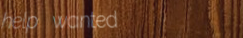
help wanted